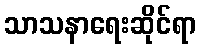
သာသနာရေးဆိုင်ရာ